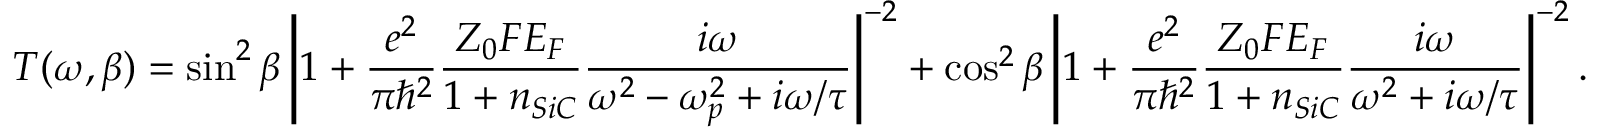
T ( \omega , \beta ) = \sin ^ { 2 } \beta \left| 1 + \frac { e ^ { 2 } } { \pi \hbar ^ { 2 } } \frac { Z _ { 0 } F E _ { F } } { 1 + n _ { S i C } } \frac { i \omega } { \omega ^ { 2 } - \omega _ { p } ^ { 2 } + i \omega / \tau } \right| ^ { - 2 } + \cos ^ { 2 } \beta \left| 1 + \frac { e ^ { 2 } } { \pi \hbar ^ { 2 } } \frac { Z _ { 0 } F E _ { F } } { 1 + n _ { S i C } } \frac { i \omega } { \omega ^ { 2 } + i \omega / \tau } \right| ^ { - 2 } .